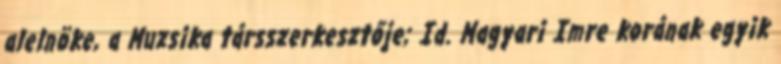
alelnöke, a Muzsika társszerkesztője; Id. Magyari Imre korának egyik